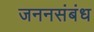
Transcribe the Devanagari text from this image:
जननसंबंध